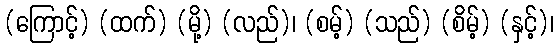
(ကြောင့်) (ထက်) (မို့) (လည်)၊ (စမ့်) (သည်) (စိမ့်) (နှင့်)၊